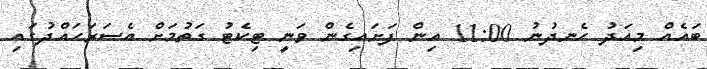
ބައެއް މިއަދު ހެނދުނު 11:00 އިން ފަށައިގެން ވަނީ ޓިކެޓު ގަތުމަށް އެސަރަހައްދުގައި